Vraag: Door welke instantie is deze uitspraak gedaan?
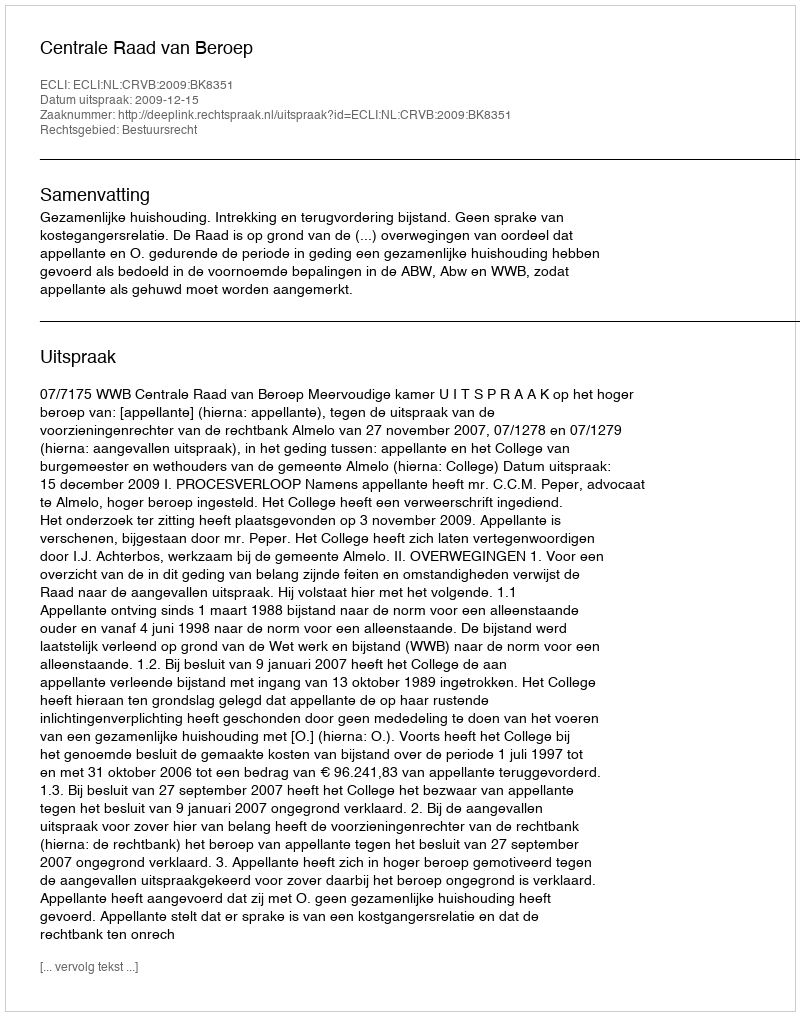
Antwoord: Centrale Raad van Beroep